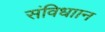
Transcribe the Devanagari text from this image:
संविधाान